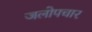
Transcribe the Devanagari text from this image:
जलोपचार